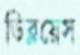
ডিব্লয়েস